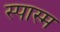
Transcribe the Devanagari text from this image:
स्पास्म